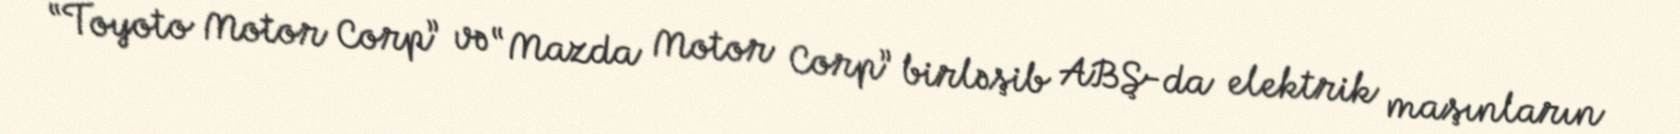
“Toyoto Motor Corp” və “Mazda Motor Corp” birləşib ABŞ-da elektrik maşınların